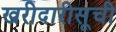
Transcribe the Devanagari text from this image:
खरीदारीसूची